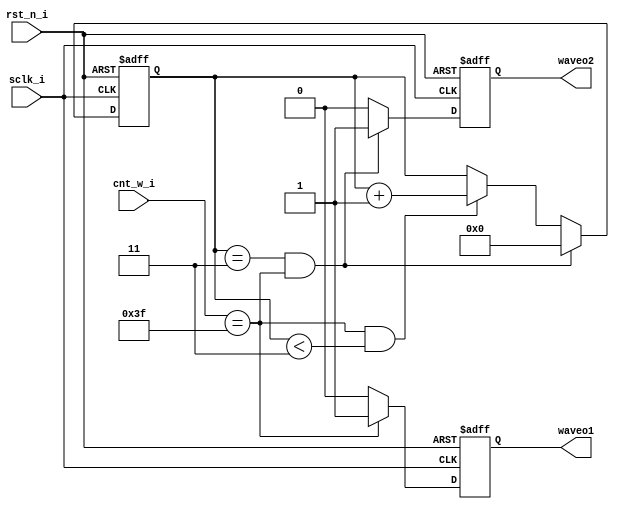
module Di_wave(
	input wire sclk_i,rst_n_i,
	input wire [7:0]	cnt_w_i,
	output wire waveo1,waveo2
);


reg o1,o2;
reg [7:0] cin;
reg [3:0] o2_flag;

assign waveo1 = o1;
assign waveo2 = o2;
//assign cnt_w_i = cin;




always @(posedge sclk_i or negedge rst_n_i)
	if(rst_n_i == 1'b0)
		o1 <= 1'b0;
	else if (cnt_w_i == 8'd63)
		o1 <= 1'b1;
	else
		o1 <= 1'b0;

		
always @(posedge sclk_i or negedge rst_n_i)
	if(rst_n_i == 1'b0)
		begin
			o2 <= 1'b0;
			o2_flag <= 4'd0;
		end
	else if(o2_flag == 4'd3 && cnt_w_i == 8'd63)
		begin
			o2 <= 1'b1;
			o2_flag <= 4'd0;
		end
	else if(cnt_w_i == 8'd63 && o2_flag < 4'd3)
		begin
			o2_flag <= o2_flag + 1'b1;
			o2 <= 1'b0;
		end
	else
		o2 <= 1'b0;
		
endmodule